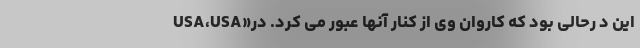
USA،USA»این د رحالی بود که کاروان وی از کنار آنها عبور می کرد. در